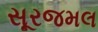
સૂરજમલ